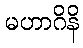
မဟာဂိနိ